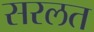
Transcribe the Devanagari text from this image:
सरलत